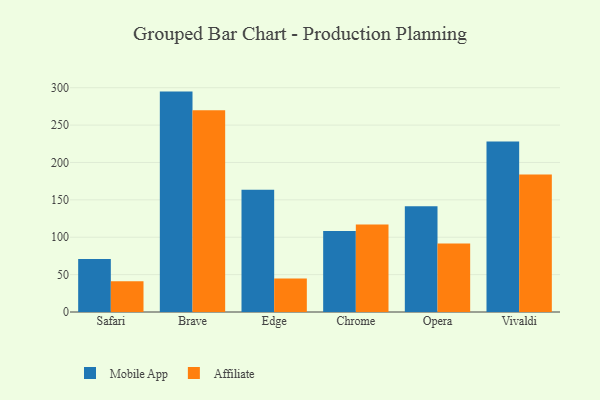
{"axis": {"x": "Browser", "y": "Shipments"}, "legend": ["Affiliate", "Mobile App"], "data": [{"x": "Safari", "y": 71.0, "type": "Mobile App"}, {"x": "Safari", "y": 41.1, "type": "Affiliate"}, {"x": "Brave", "y": 294.8, "type": "Mobile App"}, {"x": "Brave", "y": 269.9, "type": "Affiliate"}, {"x": "Edge", "y": 163.6, "type": "Mobile App"}, {"x": "Edge", "y": 44.8, "type": "Affiliate"}, {"x": "Chrome", "y": 108.5, "type": "Mobile App"}, {"x": "Chrome", "y": 116.9, "type": "Affiliate"}, {"x": "Opera", "y": 141.6, "type": "Mobile App"}, {"x": "Opera", "y": 91.7, "type": "Affiliate"}, {"x": "Vivaldi", "y": 228.0, "type": "Mobile App"}, {"x": "Vivaldi", "y": 184.0, "type": "Affiliate"}]}